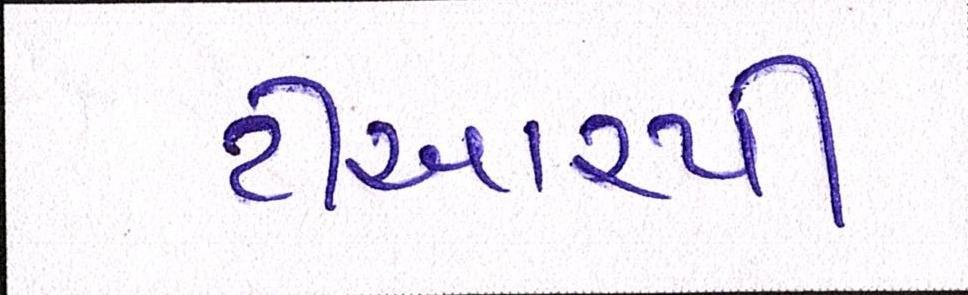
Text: ટીઆરપી